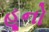
હૂનો